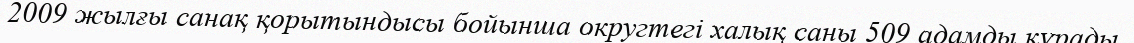
2009 жылғы санақ қорытындысы бойынша округтегі халық саны 509 адамды құрады.